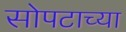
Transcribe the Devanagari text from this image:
सोपटाच्या